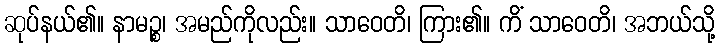
ဆုပ်နယ်၏။ နာမဉ္စ၊ အမည်ကိုလည်း။ သာဝေတိ၊ ကြား၏။ ကိံ သာဝေတိ၊ အဘယ်သို့